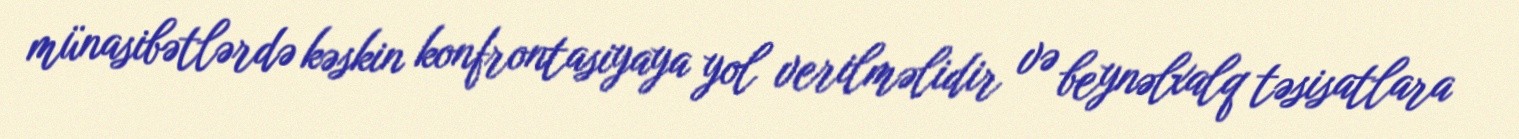
münasibətlərdə kəskin konfrontasiyaya yol verilməlidir və beynəlxalq təsisatlara